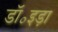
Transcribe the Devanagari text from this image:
डॉ॰इड़ा